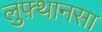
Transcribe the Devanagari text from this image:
लुफ़्थानसा